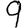
Digit: 9